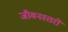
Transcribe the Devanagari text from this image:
जीवनस्तरों